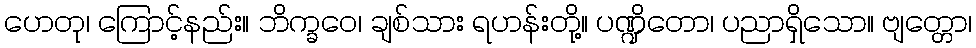
ဟေတု၊ ကြောင့်နည်း။ ဘိက္ခဝေ၊ ချစ်သား ရဟန်းတို့။ ပဏ္ဍိတော၊ ပညာရှိသော။ ဗျတ္တော၊